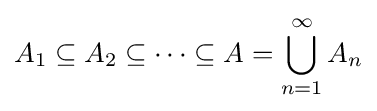
A_{1}\subseteq A_{2}\subseteq \dots \subseteq A=\bigcup _{n=1}^{\infty }A_{n}